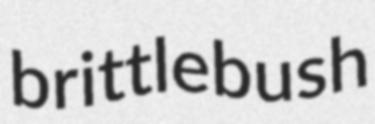
brittlebush